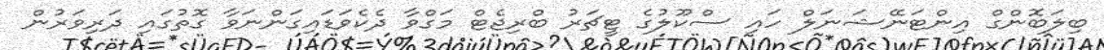
ބިލަބޮންގް އިންޓަނޭޝަނަލް ހައި ސްކޫލުގެ ޓީޗަރު ބްރިޖެޓް މަގްވާ ދެކެވަޑައިގަންނަވާ ގޮތުގައި ދަރިވަރުން